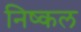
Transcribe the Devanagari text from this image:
निष्कल